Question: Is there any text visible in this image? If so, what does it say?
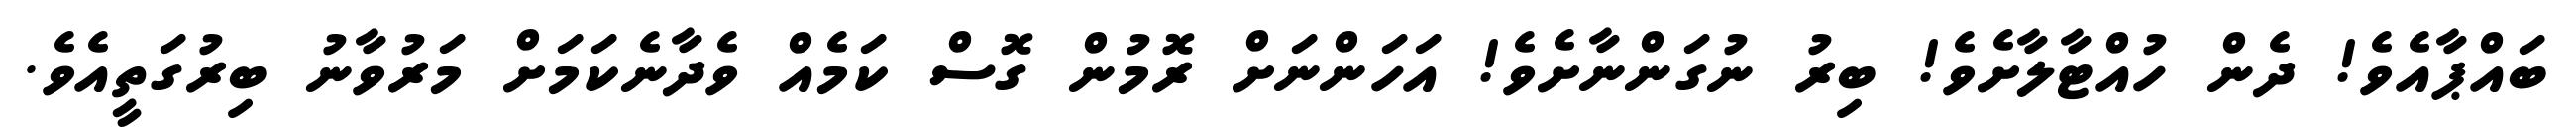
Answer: ބައްޕާއެވެ! ދެން ހުއްޓާލާށެވެ! ބިރު ނުގަންނާށެވެ! އަހަންނަށް ރޮމުން ގޮސް ކަމެއް ވެދާނެކަމަށް މަރުވާނު ބިރުގަތީއެވެ.